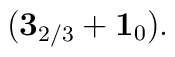
({\bf 3}_{2/3} + {\bf 1}_0).